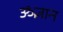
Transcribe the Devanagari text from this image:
ॐज्ञान